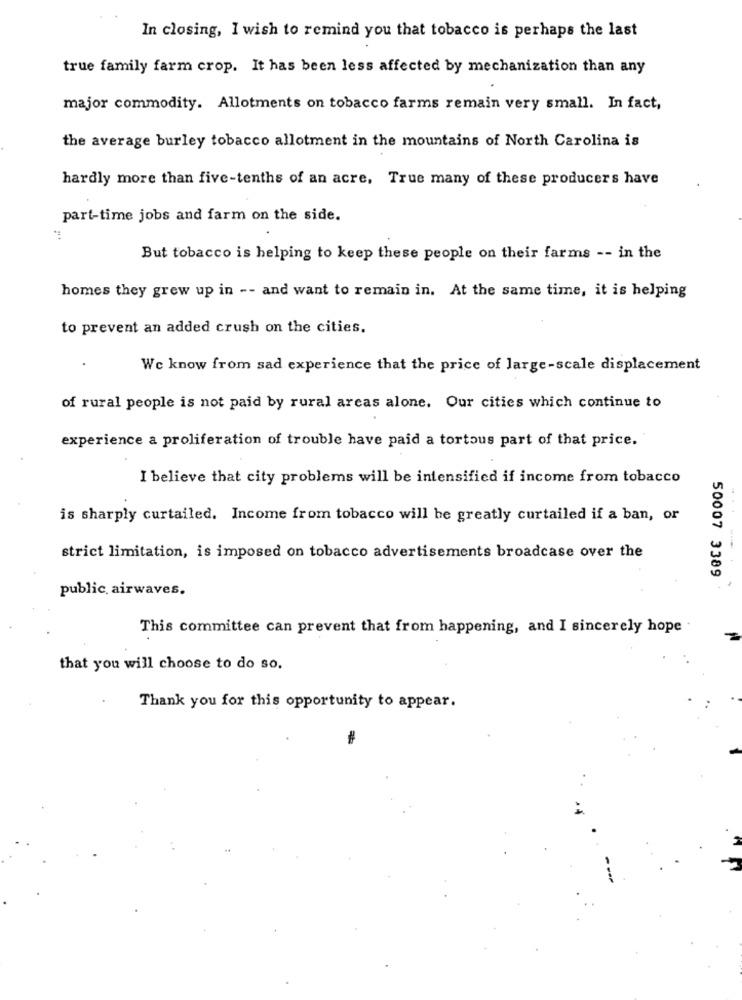
In closing, I wish to remind you that tobacco is perhaps the last
true family farm crop. It has been less affected by mechanization than any
major commodity. Allotments on tobacco farms remain very small. In fact,
the average burley tobacco allotment in the mountains of North Carolina is
hardly more than five-tenths of an acre, True many of these producers have
part-time jobs and farm on the side.
**
But tobacco is helping to keep these people on their farms -- in the
homes they grew up in -- and want to remain in. At the same time, it is helping
to prevent an added crush on the cities.
We know from sad experience that the price of large-scale displacement
of rural people is not paid by rural areas alone. Our cities which continue to
experience a proliferation of trouble have paid a tortous part of that price.
I believe that city problems will be intensified if income from tobacco
is sharply curtailed. Income from tobacco will be greatly curtailed if a ban, or
strict limitation, is imposed on tobacco advertisements broadcase over the
50007 3389
public, airwaves.
This committee can prevent that from happening, and I sincerely hope .
that you will choose to do so.
Thank you for this opportunity to appear.